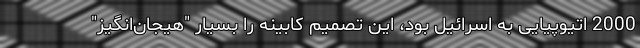
2000 اتیوپیایی به اسرائیل بود، این تصمیم کابینه را بسیار "هیجان‌انگیز"